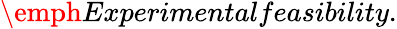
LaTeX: \emph{Experimentalfeasibility.}